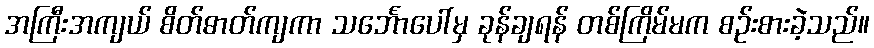
အကြီးအကျယ် စိတ်ဓာတ်ကျကာ သင်္ဘောပေါ်မှ ခုန်ချရန် တစ်ကြိမ်မက စဉ်းစားခဲ့သည်။